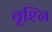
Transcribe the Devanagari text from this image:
वृश्नि